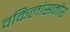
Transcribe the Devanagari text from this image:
वकिलांसमोर